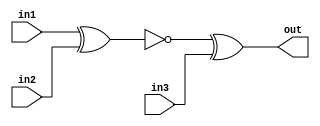
module top_module (
    input in1,
    input in2,
    input in3,
    output out);
    
    wire one;
    assign one = !(in1^in2); 
    assign out = one^in3;

endmodule